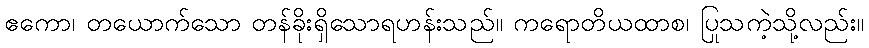
ဧကော၊ တယောက်သော တန်ခိုးရှိသောရဟန်းသည်။ ကရောတိယထာစ၊ ပြုသကဲ့သို့လည်း။